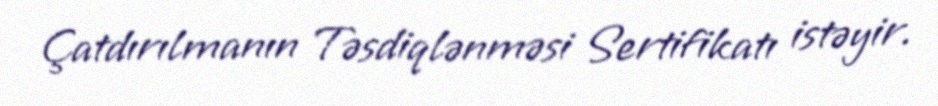
Çatdırılmanın Təsdiqlənməsi Sertifikatı istəyir.